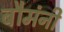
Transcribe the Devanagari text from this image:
बौमंनी